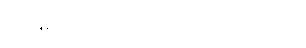
ပုံရိပ်အဖြစ် အရင် တွေ့ မြင်ရခြင်း ဖြစ်ပါတယ်။